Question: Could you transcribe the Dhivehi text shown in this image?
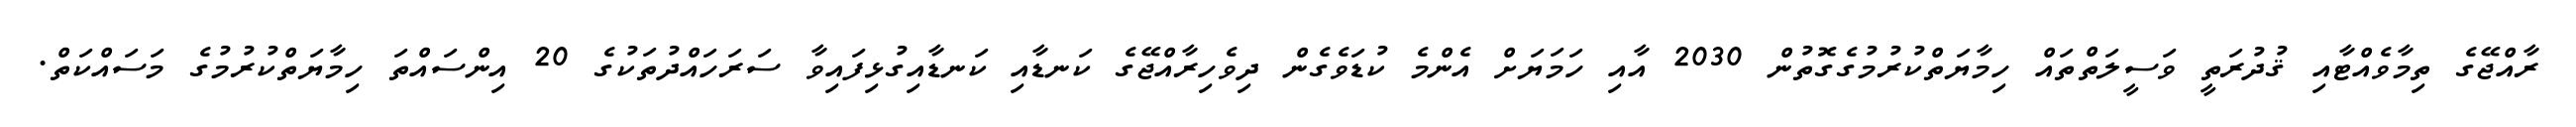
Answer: ރާއްޖޭގެ ތިމާވެއްޓާއި ޤުދުރަތީ ވަސީލަތްތައް ހިމާޔަތްކުރުމުގެގޮތުން 2030 އާއި ހަމަޔަށް އެންމެ ކުޑަވެގެން ދިވެހިރާއްޖޭގެ ކަނޑާއި ކަނޑާއިގުޅިފައިވާ ސަރަހައްދުތަކުގެ 20 އިންސައްތަ ހިމާޔަތްކުރުމުގެ މަސައްކަތް.